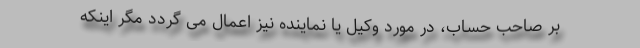
بر صاحب حساب، در مورد وکیل یا نماینده نیز اعمال می گردد مگر اینکه